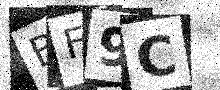
Text: BF9C